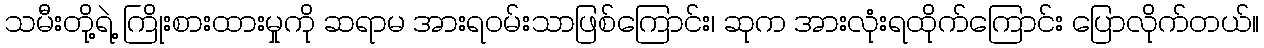
သမီးတို့ရဲ့ ကြိုးစားထားမှုကို ဆရာမ အားရဝမ်းသာဖြစ်ကြောင်း၊ ဆုက အားလုံးရထိုက်ကြောင်း ပြောလိုက်တယ်။